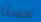
حسنا